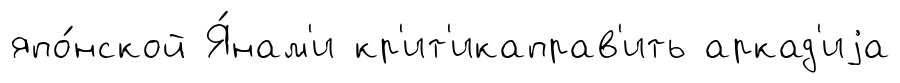
япо́нской Я́нам'и кр'ит'икаправ'ить аркад'иjа